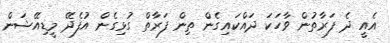
އެއީ ދެ ފަރާތުން ވާހަކަ ދައްކައިގެން ތިން ފަރާތް ގުޅިގެން އުފެދޭ މީޑިއޭޝަން